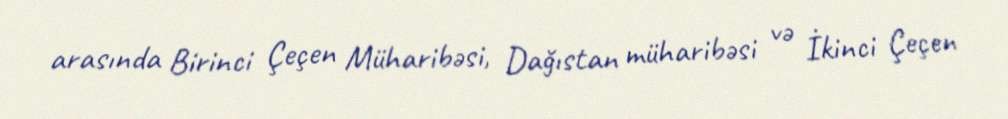
arasında Birinci Çeçen Müharibəsi, Dağıstan müharibəsi və İkinci Çeçen